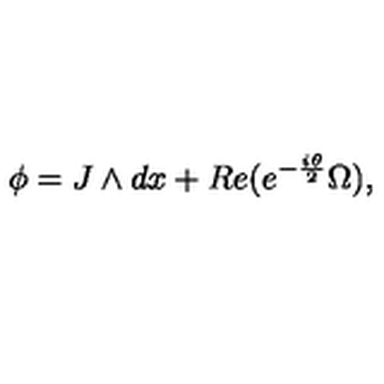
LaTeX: \phi = J \wedge d x + R e ( e ^ { - { \frac { i \theta } { 2 } } } \Omega ) ,